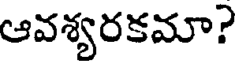
ఆవశ్యరకమా?